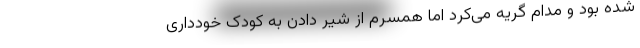
شده بود و مدام گریه می‌کرد اما همسرم از شیر دادن به کودک خودداری